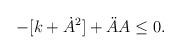
LaTeX: \begin{align*}- [k + \dot{A}^2] + \ddot{A} A \leq 0.\end{align*}